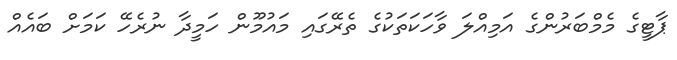
ޕާޓީގެ މެމްބަރުންގެ އަމިއްލަ ވާހަކަތަކުގެ ތެރޭގައި މައުމޫން ހަމީދާ ނުރެހޭ ކަމަށް ބައެއް